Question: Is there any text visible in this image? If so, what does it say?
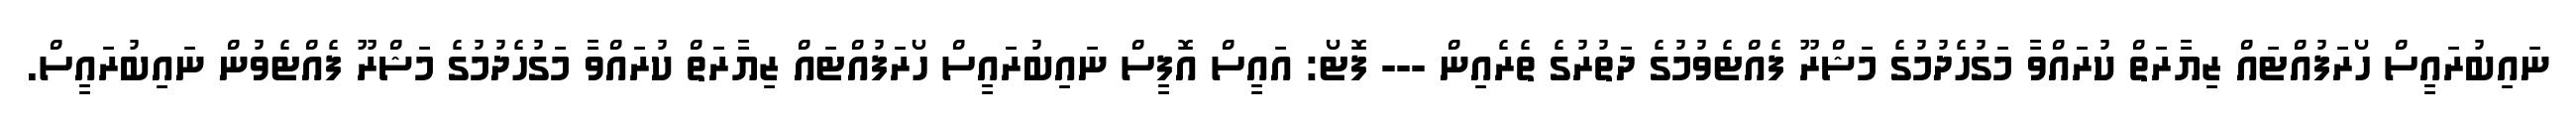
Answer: ނައިބުރައީސް ހޯރަފުއްޓައް ޒިޔާރަތް ކުރައްވާ މަގުހެދުމުގެ މަޝްރޫ ފެއްޓެވުމުގެ ދަތުރުގެ ތެރެއިން --- ފޮޓޯ: އައީސް އޮފީސް ނައިބުރައީސް ހޯރަފުއްޓައް ޒިޔާރަތް ކުރައްވާ މަގުހެދުމުގެ މަޝްރޫ ފެއްޓެވުން ނައިބުރައީސް.